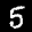
Label: 5